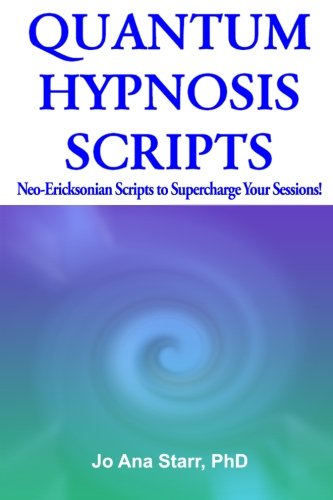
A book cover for Quantum Hypnosis Scripts: Neo-Ericksonian Scripts That Will Supercharge Your Sessions! (Volume 1); Jo Ana Starr PhD; Self-Help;